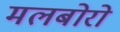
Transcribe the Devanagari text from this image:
मलबोरो